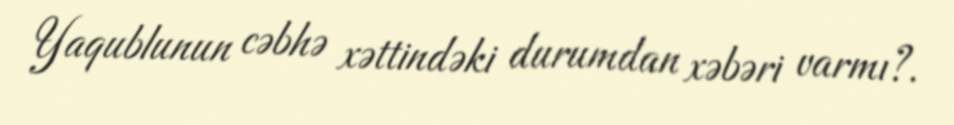
Yaqublunun cəbhə xəttindəki durumdan xəbəri varmı?.